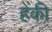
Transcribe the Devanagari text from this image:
हेंकी